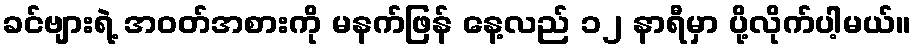
ခင်ဗျားရဲ့ အဝတ်အစားကို မနက်ဖြန် နေ့လည် ၁၂ နာရီမှာ ပို့လိုက်ပါ့မယ်။